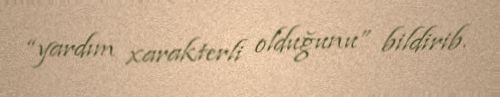
“yardım xarakterli olduğunu” bildirib.